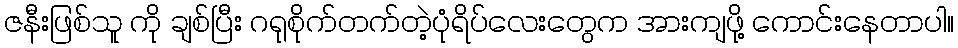
ဇနီးဖြစ်သူ ကို ချစ်ပြီး ဂရုစိုက်တက်တဲ့ပုံရိပ်လေးတွေက အားကျဖို့ ကောင်းနေတာပါ။